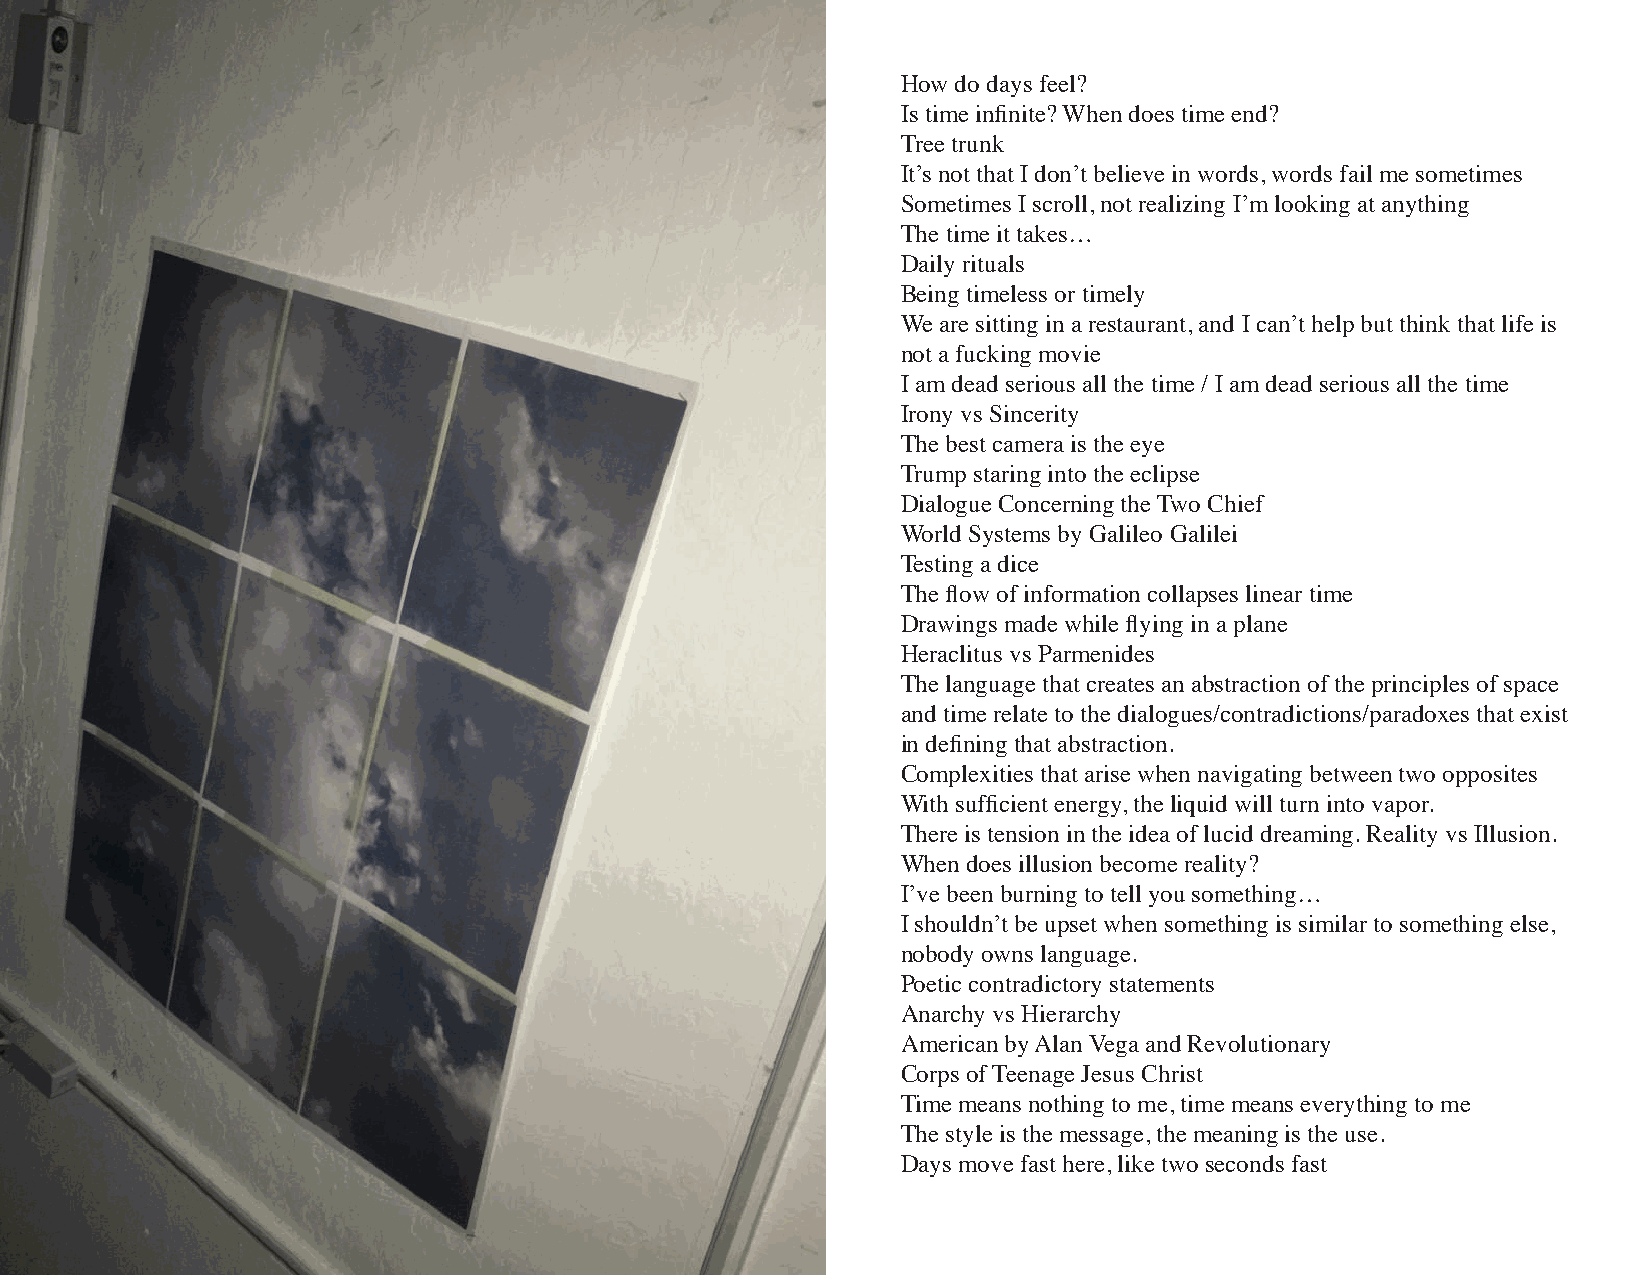
How do days feel?
 Is time infinite? When does time end?
 Tree trunk
 It’s not that I don’t believe in words, words fail me sometimes
 Sometimes I scroll, not realizing I’m looking at anything
 The time it takes…
 Daily rituals
 Being timeless or timely
 We are sitting in a restaurant, and I can’t help but think that life is
 not a fucking movie
 I am dead serious all the time / I am dead serious all the time
 Irony vs Sincerity
 The best camera is the eye
 Trump staring into the eclipse
 Dialogue Concerning the Two Chief
 World Systems by Galileo Galilei
 Testing a dice
 The flow of information collapses linear time
 Drawings made while flying in a plane
 Heraclitus vs Parmenides
 The language that creates an abstraction of the principles of space
 and time relate to the dialogues/contradictions/paradoxes that exist
 in defining that abstraction.
 Complexities that arise when navigating between two opposites
 With sufficient energy, the liquid will turn into vapor.
 There is tension in the idea of lucid dreaming. Reality vs Illusion.
 When does illusion become reality?
 I’ve been burning to tell you something…
 I shouldn’t be upset when something is similar to something else,
 nobody owns language.
 Poetic contradictory statements
 Anarchy vs Hierarchy
 American by Alan Vega and Revolutionary
 Corps of Teenage Jesus Christ
 Time means nothing to me, time means everything to me
 The style is the message, the meaning is the use.
 Days move fast here, like two seconds fast